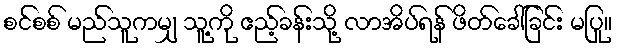
စင်စစ် မည်သူကမျှ သူ့ကို ဧည့်ခန်းသို့ လာအိပ်ရန် ဖိတ်ခေါ်ခြင်း မပြု။